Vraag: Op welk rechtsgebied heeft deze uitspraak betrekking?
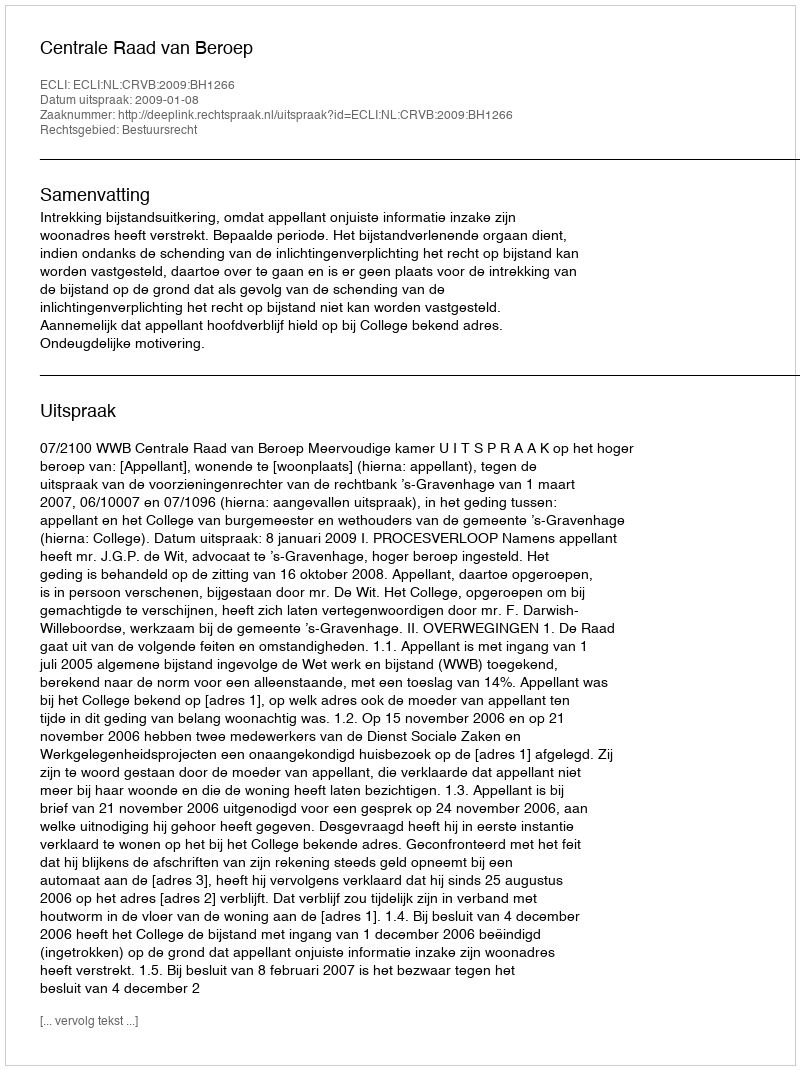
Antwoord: Bestuursrecht